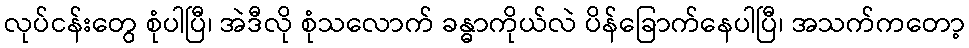
လုပ်ငန်းတွေ စုံပါပြီ၊ အဲဒီလို စုံသလောက် ခန္ဓာကိုယ်လဲ ပိန်ခြောက်နေပါပြီ၊ အသက်ကတော့